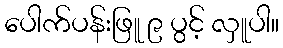
ပေါက်ပန်းဖြူ ၉ ပွင့် လှူပါ။